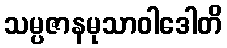
သမ္ပဇာနမုသာဝါဒေါတိ